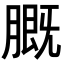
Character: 𬛑